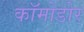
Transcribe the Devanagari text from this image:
कॉमोडोर